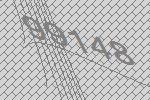
99148